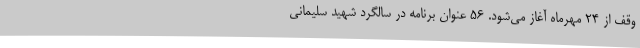
وقف از 24 مهرماه آغاز می‌شود. 56 عنوان برنامه در سالگرد شهید سلیمانی